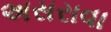
અસરાવા